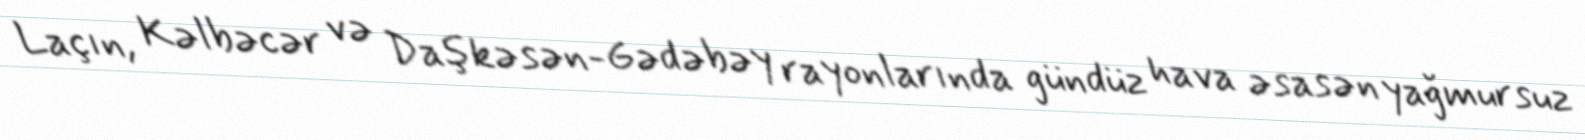
Laçın, Kəlbəcər və Daşkəsən-Gədəbəy rayonlarında gündüz hava əsasən yağmursuz